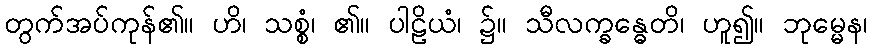
တွက်အပ်ကုန်၏။ ဟိ၊ သစ္စံ၊ ၏။ ပါဠိယံ၊ ၌။ သီလက္ခန္ဓေတိ၊ ဟူ၍။ ဘုမ္မေန၊